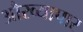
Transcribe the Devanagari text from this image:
औरव्यापार